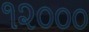
૧૨૦૦૦